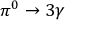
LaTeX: \pi ^ { 0 } \rightarrow 3 \gamma